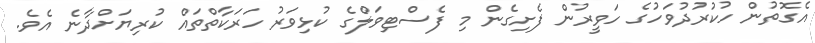
އެގޮތުން ހުކުރުދުވަހުގެ ހަވީރުން ފެށިގެން މި ފެސްޓިވަލްގެ ކުޅިވަރު ހަރަކާތްތައް ކުރިޔަށްދާނެ އެވެ.